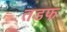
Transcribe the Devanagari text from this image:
तडफ